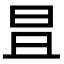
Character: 𣅣